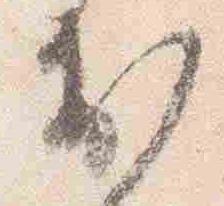
出